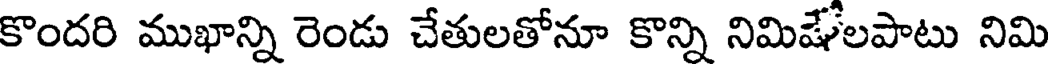
కొందరి ముఖాన్ని రెండు చేతులతోనూ కొన్ని నిమిషేలపాటు నిమి